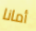
أمانا